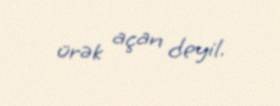
ürək açan deyil.